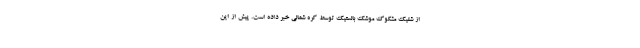
از شلیک مشکوک موشک بالستیک توسط کره شمالی خبر داده است. پیش از این